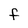
Character: F